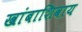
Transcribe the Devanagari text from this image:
खांबाशिवाय